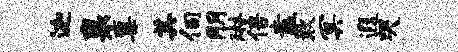
迦襄粟其伺朋琳倍盍欺冥遐哭